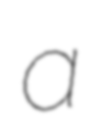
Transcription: a